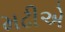
મઢીએ